Insane asylums Bombay 1873-77 - 1873-1877
Year: 1873
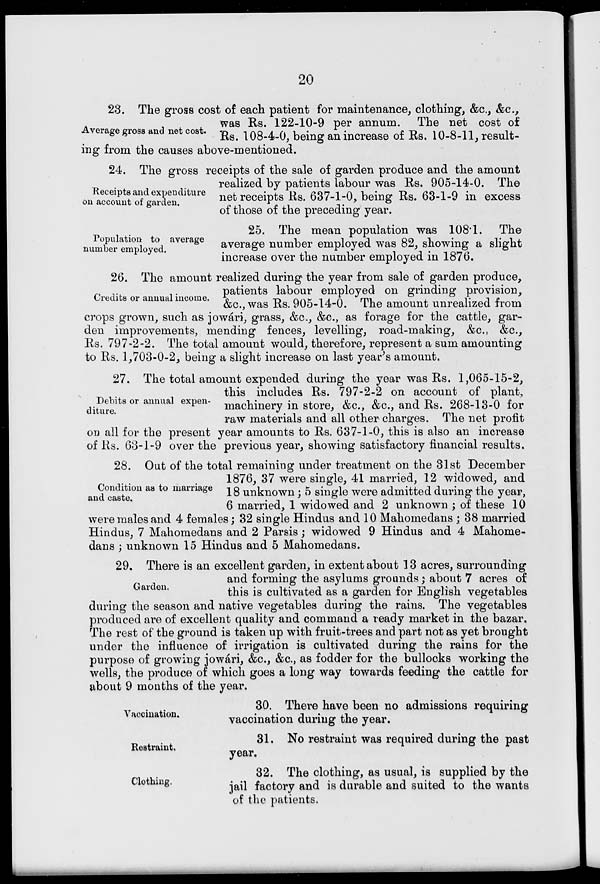
20
Average gross and net cost.
23. The gross cost of each patient for maintenance, clothing, &c., &c.,
was Rs. 122-10-9 per annum. The net cost of
Rs. 108-4-0, being an increase of Rs. 10-8-11, result-
ing from the causes above-mentioned.
Receipts and expenditure
on account of garden.
24. The gross receipts of the sale of garden produce and the amount
realized by patients labour was Rs. 905-14-0. The
net receipts Rs. 637-1-0, being Rs. 63-1-9 in excess
of those of the preceding year.
Population to average
number employed.
25. The mean population was 108.1.
The
average number employed was 82, showing a slight
increase over the number employed in 1876.
Credits or annual income.
26. The amount realized during the year from sale of garden produce,
patients labour employed on grinding provision,
&c, was Rs. 905-14-0. The amount unrealized from
crops grown, such as jowári, grass, &c., &c., as forage for the cattle, gar-
den improvements, mending fences, levelling, road-making, &c., &.c,
Rs. 797-2-2. The total amount would, therefore, represent a sum amounting
to Rs. 1,703-0-2, being a slight increase on last year's amount.
Debits or annual expen-
diture.
27. The total amount expended during the year was Rs. 1,065-15-2,
this includes Rs. 797-2-2 on account of plant,
machinery in store, &c., &c., and Rs. 268-13-0 for
raw materials and all other charges. The net profit
on all for the present year amounts to Rs. 637-1-0, this is also an increase
of Rs. 63-1-9 over the previous year, showing satisfactory financial results.
Condition as to marriage
and caste.
28. Out of the total remaining under treatment on the 31st December
1876, 37 were single, 41 married, 12 widowed, and
18 unknown; 5 single were admitted during the year,
6 married, 1 widowed and 2 unknown ; of these 10
were males and 4 females; 32 single Hindus and 10 Mahomedans ; 38 married
Hindus, 7 Mahomedans and 2 Parsis; widowed 9 Hindus and 4 Mahome-
dans ; unknown 15 Hindus and 5 Mahomedans.
Garden.
29. There is an excellent garden, in extent about 13 acres, surrounding
and forming the asylums grounds ; about 7 acres of
this is cultivated as a garden for English vegetables
during the season and native vegetables during the rains. The vegetables
produced are of excellent quality and command a ready market in the bazar.
The rest of the ground is taken up with fruit-trees and part not as yet brought
under the influence of irrigation is cultivated during the rains for the
purpose of growing jowári, &c, &c., as fodder for the bullocks working the
wells, the produce of which goes a long way towards feeding the cattle for
about 9 months of the year.
Vaccination.
30. There have been no admissions requiring
vaccination during the year.
Restraint.
31. No restraint was required during the past
year.
Clothing.
32. The clothing, as usual, is supplied by the
jail factory and is durable and suited to the wants
of the patients.